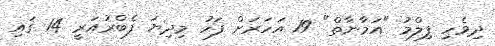
ދިވެހި ފިލްމު "އަމާނާތް" 19 އަހަރަށް ފަހު މިދިޔަ ފެބްރުއަރީ 14 ގައި